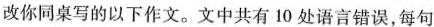
改你同桌写的以下作文。文中共有10处语言错误，每句